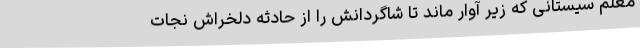
معلم سیستانی که زیر آوار ماند تا شاگردانش را از حادثه دلخراش نجات